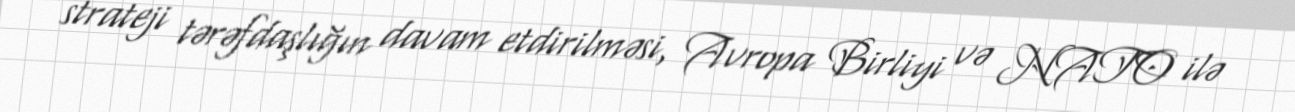
strateji tərəfdaşlığın davam etdirilməsi, Avropa Birliyi və NATO ilə